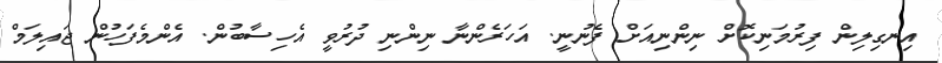
އިނގިލިން ފިރުމަނިކޮށް ނިންނިއަށް ފެނުނީ. އަހަރެންނާ ނިންނި ދުރުވީ އެހިސާބުން. އެންމެފަހުން ޖައިލަމް